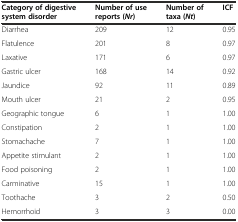
<table><thead><tr><td><b>Category of digestive system disorder</b></td><td><b>Number of use reports (<i>Nr</i>)</b></td><td><b>Number of taxa (<i>Nt</i>)</b></td><td><b>ICF</b></td></tr></thead><tbody><tr><td>Diarrhea</td><td>209</td><td>12</td><td>0.95</td></tr><tr><td>Flatulence</td><td>201</td><td>8</td><td>0.97</td></tr><tr><td>Laxative</td><td>171</td><td>6</td><td>0.97</td></tr><tr><td>Gastric ulcer</td><td>168</td><td>14</td><td>0.92</td></tr><tr><td>Jaundice</td><td>92</td><td>11</td><td>0.89</td></tr><tr><td>Mouth ulcer</td><td>21</td><td>2</td><td>0.95</td></tr><tr><td>Geographic tongue</td><td>6</td><td>1</td><td>1.00</td></tr><tr><td>Constipation</td><td>2</td><td>1</td><td>1.00</td></tr><tr><td>Stomachache</td><td>7</td><td>1</td><td>1.00</td></tr><tr><td>Appetite stimulant</td><td>2</td><td>1</td><td>1.00</td></tr><tr><td>Food poisoning</td><td>2</td><td>1</td><td>1.00</td></tr><tr><td>Carminative</td><td>15</td><td>1</td><td>1.00</td></tr><tr><td>Toothache</td><td>3</td><td>2</td><td>0.50</td></tr><tr><td>Hemorrhoid</td><td>3</td><td>3</td><td>0.00</td></tr></tbody></table>